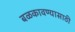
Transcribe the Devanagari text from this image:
बळकावण्यासाठी